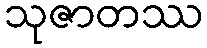
သုဇာတဿ